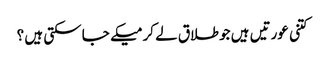
کتنی عورتیں ہیں جو طلاق لے کر میکے جا سکتی ہیں ؟